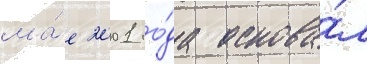
ма́е 2001 го́да основа́л